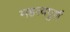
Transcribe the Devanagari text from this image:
महत्‍वपुर्ण